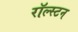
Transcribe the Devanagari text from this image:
रॉल्स्टन